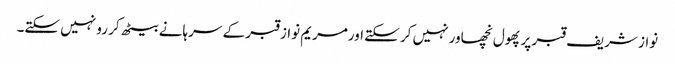
نواز شریف قبر پرپھول نچھاور نہیں کر سکتے اورمریم نواز قبر کے سرہانے بیٹھ کر رو نہیں سکتے۔